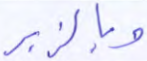
وبالزبر